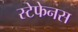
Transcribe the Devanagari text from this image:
स्टेफेनस